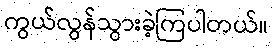
ကွယ်လွန်သွားခဲ့ကြပါတယ်။